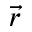
\vec { r }